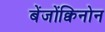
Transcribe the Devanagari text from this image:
बेंजोंक्विनोन